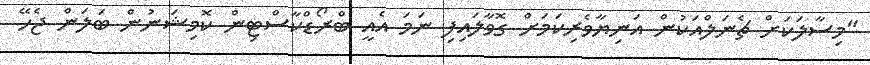
"މިސާލަކަށް ޗެނަލްއަކުން އަނިޔާވެރިކަމަށް ގޮވާލައިފި ނަމަ އެއީ ބްރޯޑްކާސްޓިން ކޮމިޝަނުން ބަލަން ޖެހޭ